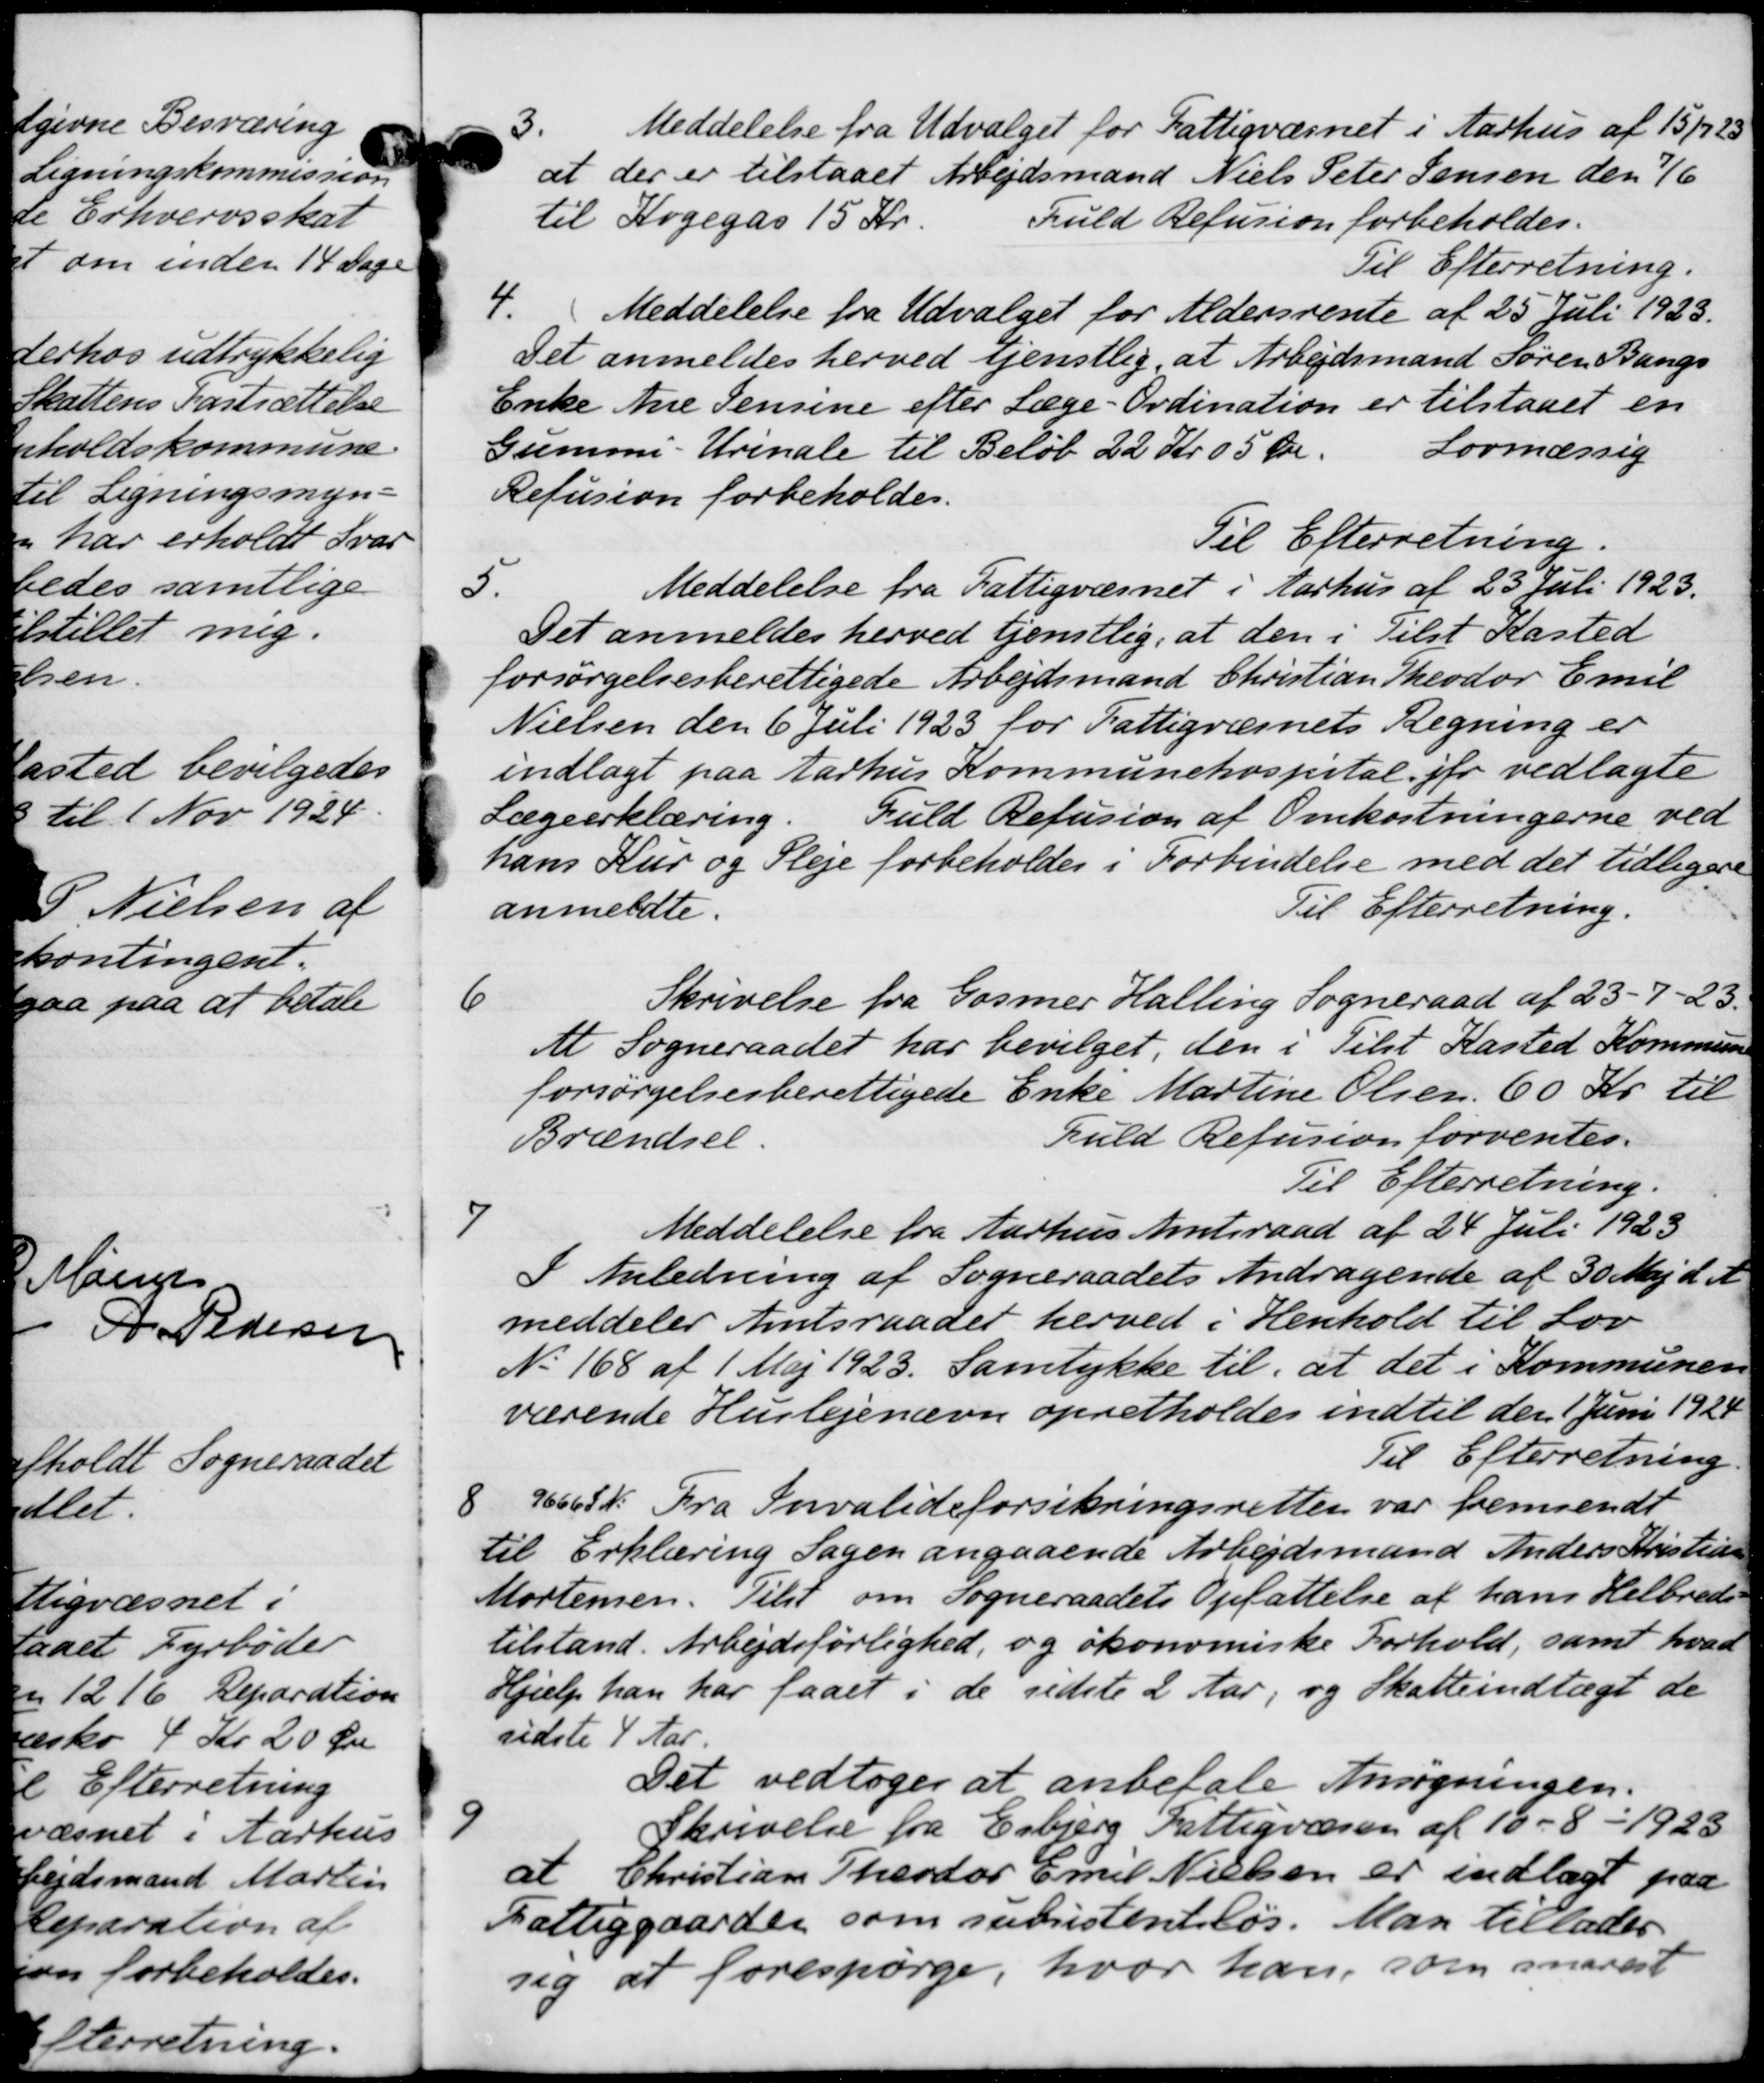
Transskription:
3.
Meddelelse fra Udvalget for Fattigvæsnet i Aarhus af 15/7 23
at der er tilstaaet Arbejdsmand Niels Peter Jensen den 1/6
til Kogegas 15 Kr.
Fuld Refusion forbeholdes.
Til Efterretning.
4.
Meddelelse fra Udvalget for Aldersrente af 25 Juli 1923.
Det anmeldes herved tjenstlig at Arbejdsmand Søren Bangs
Enke Ane Pensine efter Læge-Ordination er tilstaaet en
Gummi-Urinale til Beløb 22 Kr. 05 Øre.
Lovmæssig
Refusion forbeholdes.
Til Efterretning.
5.
Meddelelse fra Fattigvæsnet i Aarhus af 23 Juli 1923.
Det anmeldes herved tjenstlig, at den i Tilst Kasted
forsørgelsesberettigede Arbejdsmand Christian Theodor Emil
Nielsen den 6 juli 1923 for Fattigvæsnets Regning er
indlagt paa Aarhus Kommunehospital. jfr vedlagte
Lægeerklæring. Fuld Refusion af Omkostningerne ved
hans Kur og Pleje forbeholdes i Forbindelse med det tidligere
Til Efterretning.
anmeldte.
6
Skrivelse fra Gosmer Halling Sogneraad af 23 -7-23.
At Sogneraadet har bevilget, den i Tilst Kasted Kommunen
forsørgelsesberettigede Enke Martine Olsen 60 Kr. til
Brændsel.
fuld Refusion forventes.
Til Efterretning.
7
Meddelelse fra Aarhus Amtsraad af 24 Juli 1923
I Anledning af Sogneraadets Andragende af 30 Maj d. A.
meddeler Amtsraadet herved i Henhold til Lov
No 168 af 1 Maj 1923. Samtykke til, at det i Kommunen
værende Huslejenævn opretholdes indtil den 1 Juni 1924
Til Efterretning
8
9666sk. Fra Invalideforsikringsretten var fremsendt
til Erklæring Sagen angaaende Arbejdsmand Anders Kristian
Mortensen. Tilst om Sogneraadets Opfattelse af hans Helbreds
tilstand. Arbejdsførlighed, og økonomiske Forhold, samt hvad
Hjælp han har faaet i de sidste 2 Aar, og Skatteindtægt de
sidste 4 Aar
Det vedtoges at anbefale Ansøgningen.
9
Skrivelse fra Esbjerg Fattigvæsen af 13 - 8 - 1923
at Christian Theodor Emil Nielsen er indlagt paa
Fattiggaarden som subsistenteløs. Man tillader
sig at forespørge, hvor han, som snarest